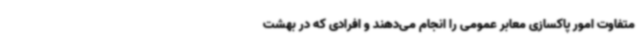
متفاوت امور پاکسازی معابر عمومی را انجام می‌دهند و افرادی که در بهشت